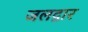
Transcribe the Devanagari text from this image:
जलद्वार